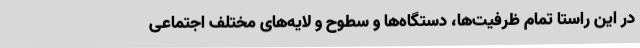
در این راستا تمام ظرفیت‌ها، دستگاه‌ها و سطوح و لایه‌های مختلف اجتماعی